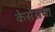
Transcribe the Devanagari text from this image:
केसेसचा